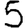
Digit: 5